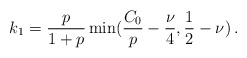
\begin{align*}k_1=\frac{p}{1+p}\min(\frac{C_0}{p}-\frac{\nu}{4},\frac{1}{2}-\nu)\,.\end{align*}